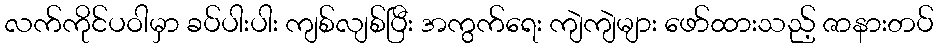
လက်ကိုင်ပဝါမှာ ခပ်ပါးပါး ကျစ်လျစ်ပြီး အကွက်ရေး ကျဲကျဲများ ဖော်ထားသည့် ဇာနားတပ်